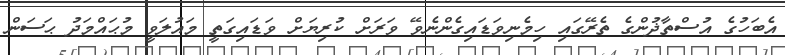
އެބަހުގެ އުސްތާޛުންގެ ތެރޭގައި ހިމެނިވަޑައިގެންނެވޭ ވަރަށް ކުރިޔަށް ވަޑައިގަތީ މައުލަވީ މުޙައްމަދު ޙަސަން